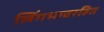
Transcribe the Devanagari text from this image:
लिंगभावरहित